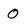
Character: 0